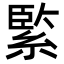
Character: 𦂳